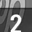
Digit: 2